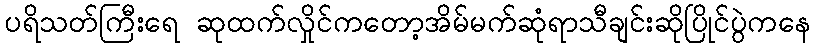
ပရိသတ်ကြီးရေ ဆုထက်လှိုင်ကတော့အိမ်မက်ဆုံရာသီချင်းဆိုပြိုင်ပွဲကနေ